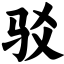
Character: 驳